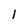
Character: 1